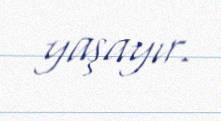
yaşayır.